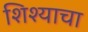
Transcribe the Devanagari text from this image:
शिश्याचा